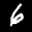
Label: 6